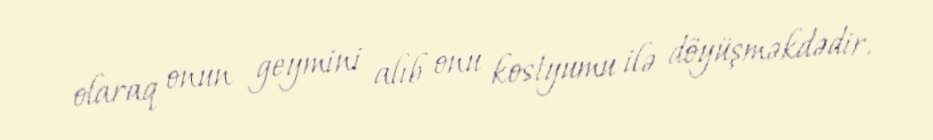
olaraq onun geymini alıb onu kostyumu ilə döyüşməkdədir.